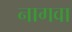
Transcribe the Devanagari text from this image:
नागवा